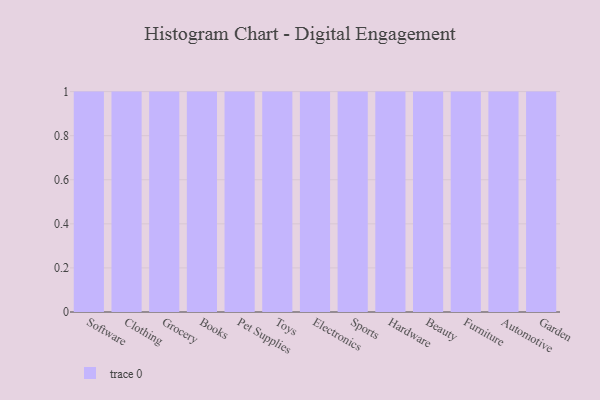
{"axis": {"x": "Category", "y": "Customer Acquisition Cost (USD)"}, "legend": [""], "data": [{"x": "Software", "y": 21, "type": ""}, {"x": "Clothing", "y": 74, "type": ""}, {"x": "Grocery", "y": 84, "type": ""}, {"x": "Books", "y": 61, "type": ""}, {"x": "Pet Supplies", "y": 32, "type": ""}, {"x": "Toys", "y": 94, "type": ""}, {"x": "Electronics", "y": 46, "type": ""}, {"x": "Sports", "y": 62, "type": ""}, {"x": "Hardware", "y": 34, "type": ""}, {"x": "Beauty", "y": 67, "type": ""}, {"x": "Furniture", "y": 12, "type": ""}, {"x": "Automotive", "y": 56, "type": ""}, {"x": "Garden", "y": 69, "type": ""}]}